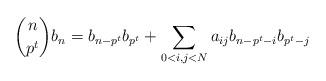
LaTeX: \begin{align*}\binom{n}{p^t}b_n = b_{n-p^t}b_{p^t} + \sum_{0 < i, j < N} a_{ij} b_{n-p^t-i}b_{p^t-j}\end{align*}